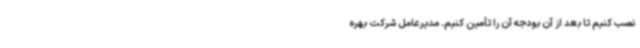
نصب کنیم تا بعد از آن بودجه آن را تأمین کنیم. مدیرعامل شرکت بهره‌